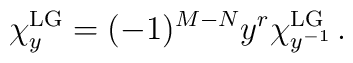
\chi_{y}^{\rm LG}=(-1)^{M-N}y^r\chi_{y^{-1}}^{\rm LG}\,.